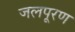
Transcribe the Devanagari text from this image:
जलपूरण